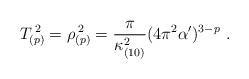
LaTeX: \begin{align*}T_{(p)}^{\; 2} = \rho_{(p)}^{\; 2} = \frac{\pi}{\kappa_{(10)}^2}(4\pi^2\alpha^\prime)^{3-p}\ .\end{align*}